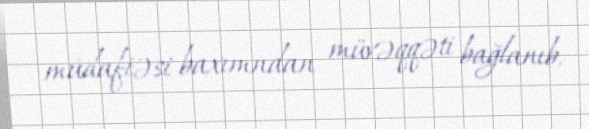
müdafiəsi baxımndan müvəqqəti bağlanıb.